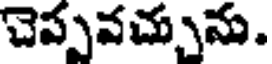
చెప్పవచ్చును.